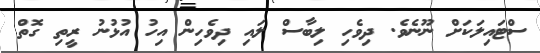
ސްޓައިލަކަށް ނޫނެވެ. ދިވެހި ލިބާސް ލައި ދިވެހިން އިހު އުޅުނު ރީތި ގޮތް